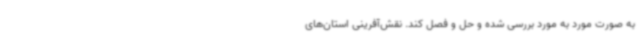
به صورت مورد به مورد بررسی شده و حل و فصل کند. نقش‌آفرینی استان‌های